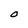
Character: O